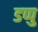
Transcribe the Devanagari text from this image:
डप्पु